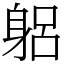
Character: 躳